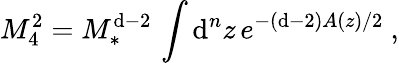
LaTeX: M_{4}^{2}=M_{*}^{\mathrm{d}-2}\, \int\mathrm{d}^{n}z\, e^{-(\mathrm{d}-2)A(z)/2}\ ,